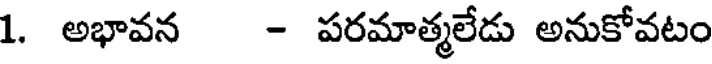
1. అభావన - పరమాత్మలేడు అనుకోవటం